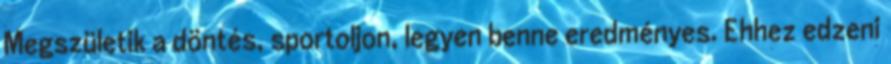
Megszületik a döntés, sportoljon, legyen benne eredményes. Ehhez edzeni